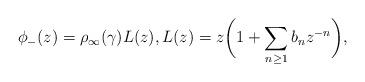
LaTeX: \begin{gather*}\phi_-(z)=\rho_{\infty}(\gamma)L(z),L(z)=z\bigg(1+\sum\limits_{n\ge1}b_nz^{-n}\bigg),\end{gather*}